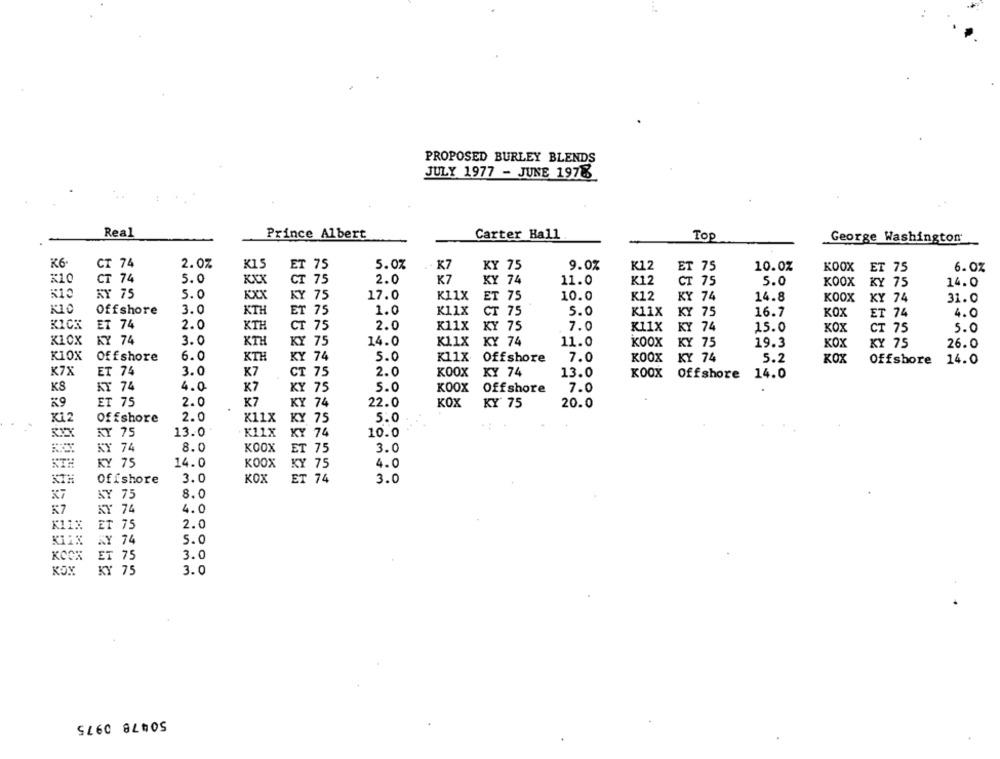
PROPOSED BURLEY BLENDS
JULY 1977 - JUNE 1978
Real
Prince Albert
Carter Hall
Top
George Washington
K6-
CT 74
2.0%
K15
T 75
5.0%
KY 75
9.0%
K12
10.0%
K7
ET 75
KOOX
ET 75
6.0%
x10
CT 74
5.0
XXX
CT 75
2.0
K7
KY 74
11.0
K12
CT 75
5.0
KOOX
KY 75
14.0
KY 75
5.0
KY 75
17.0
K11X
ET 75
10.0
K12
KY 74
14.8
KOOX
KY 74
31.0
Offshore
3.0
ET 75
1.0
K11X
CT 75
5.0
K11X
KY 75
16.7
KOX
ET 74
4.0
KICK
ET 74
2.0
KTH
CT 75
2.0
K11x
KY 75
7.0
K11X
KY 74
15.0
KOX
CT 75
5.0
KIOX
KY 74
3.0
KTH
KY 75
14.0
K11X
KY 74
11.0
KOOX
KOX
KY 75
19.3
KY 75
26.0
KIOX
Offshore
6.0
KTH
KY 74
5.0
K11X
7.0
KOOX
KY 74
Offshore
5.2
KOX
Offshore
14.0
K7X
ET 74
3.0
K7
CT 75
2.0
KOOX
KY 74
13.0
KOOX
Offshore
14.0
KS
AT 74
4.0
K7
KY 75
5.0
KOOX
Offshore
7.0
29
2.0
K7
KOX
ET 75
KY 74
22.0
KY 75
20.0
K12
2.0
K11X
Offshore
KY 75
5.0
KY 75
13.0
K11X
KY 74
10.0
KY 74
8.0
KOOX
ET 75
3.0
KTH
KY 75
14.0
KOOX
KY 75
4.0
3.0
KOX
3.0
KTH
Offshore
ET 74
8.0
X7
NY 75
4.0
K7
KY 74
K11%
2.0
ET 75
AY 74
5.0
KI1X
3.0
KOOK
ET 75
KOX
KY 75
3.0
50478 0975